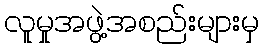
လူမှုအဖွဲ့အစည်းများမှ